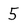
Character: 5